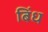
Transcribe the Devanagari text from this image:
बिंध